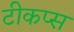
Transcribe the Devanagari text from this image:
टीकप्स